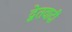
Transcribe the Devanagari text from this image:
द्वेतवादी